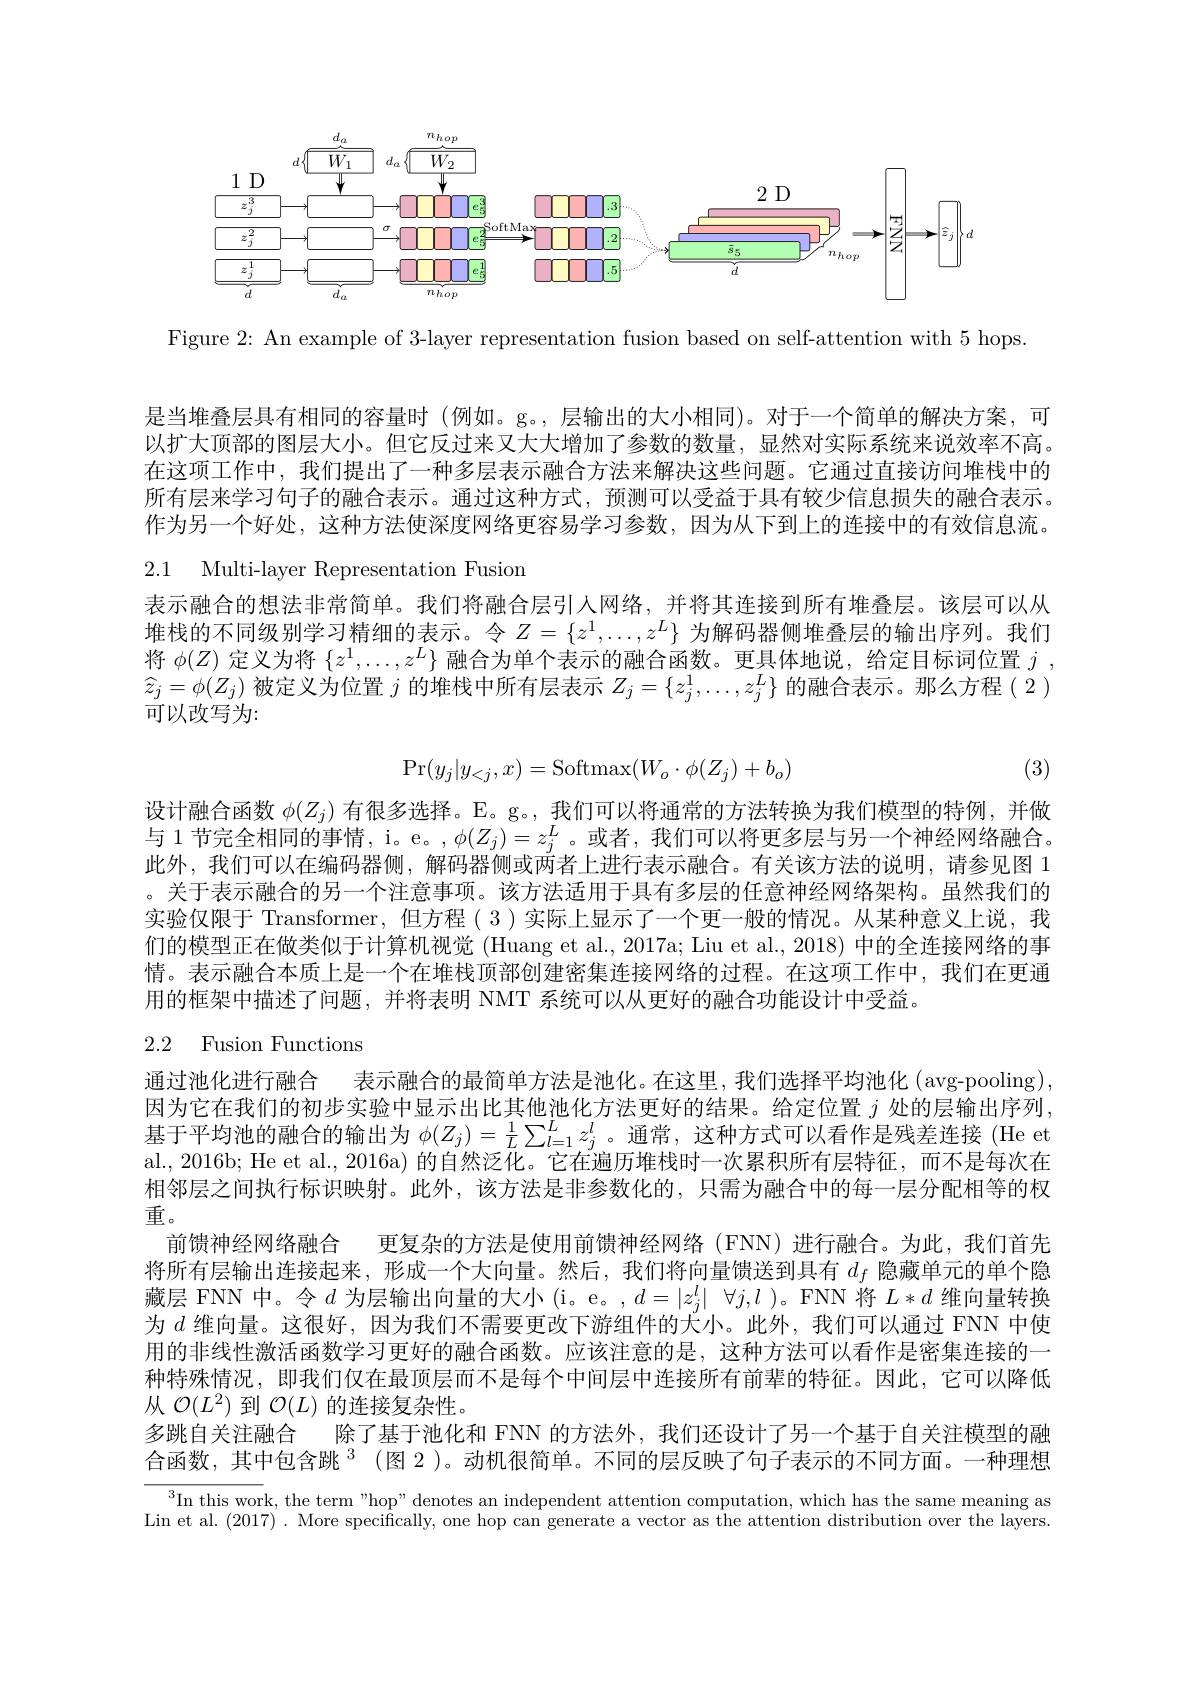
<FigureHere>

Figure 2: An example of 3-layer representation fusion based on self-attention with 5 hops

是当堆叠层具有相同的容量时(例如。g。,层输出的大小相同)。对于一个简单的解决方案，可以扩大顶部的图层大小。但它反过来又大大增加了参数的数量，显然对实际系统来说效率不高。在这项工作中，我们提出了一种多层表示融合方法来解决这些问题。它通过直接访问堆栈中的所有层来学习句子的融合表示。通过这种方式，预测可以受益于具有较少信息损失的融合表示。作为另一个好处，这种方法使深度网络更容易学习参数，因为从下到上的连接中的有效信息流。

2.1 Multi-layer Representation Fusion
表示融合的想法非常简单。我们将融合层引人网络，并将其连接到所有堆叠层。该层可以从堆栈的不同级别学习精细的表示。令$Z=\{z^1,\ldots,z^L\}$为解码器侧堆叠层的输出序列。我们将$\phi(Z)$定义为将$\{z^1,\ldots,z^L\}$融合为单个表示的融合函数。更具体地说，给定目标词位置$j$, $\widehat{z}_j=\phi(Z_j)$被定义为位置$j$的堆栈中所有层表示$Z_j=\{z_j^1,\ldots,z_j^L\}$的融合表示。那么方程(2) 可以改写为：
$$\begin{aligned}\Pr(y_j|y_{<j},x)=\operatorname{Softmax}(W_o\cdot\phi(Z_j)+b_o)\end{aligned}$$
(3)

设计融合函数$\phi(Z_j)$有很多选择。E。g。, 我们可以将通常的方法转换为我们模型的特例，并做与 1 节完全相同的事情，i。e。$,\phi(Z_j)=z_j^L$。或者，我们可以将更多层与另一个神经网络融合。此外，我们可以在编码器侧，解码器侧或两者上进行表示融合。有关该方法的说明，请参见图 1 。关于表示融合的另一个注意事项。该方法适用于具有多层的任意神经网络架构。虽然我们的实验仅限于 Transformer, 但方程( 3 )实际上显示了一个更一般的情况。从某种意义上说，我们的模型正在做类似于计算机视觉 (Huang et al., 2017a; Liu et al., 2018) 中的全连接网络的事情。表示融合本质上是一个在堆栈顶部创建密集连接网络的过程。在这项工作中，我们在更通用的框架中描述了问题，并将表明 NMT 系统可以从更好的融合功能设计中受益。

## 2.2 Fusion Functions

通过池化进行融合 表示融合的最简单方法是池化。在这里，我们选择平均池化 (avg-pooling), 因为它在我们的初步实验中显示出比其他池化方法更好的结果。给定位置$j$处的层输出序列， 基于平均池的融合的输出为$\phi(Z_j)=\frac1L\sum_{l=1}^Lz_j^l$ 。通常，这种方式可以看作是残差连接 (He et al., 2016b; He et al., 2016a) 的自然泛化。它在遍历堆栈时一次累积所有层特征，而不是每次在相邻层之间执行标识映射。此外，该方法是非参数化的，只需为融合中的每一层分配相等的权重。
前馈神经网络融合 更复杂的方法是使用前馈神经网络 (FNN)进行融合。为此，我们首先将所有层输出连接起来，形成一个大向量。然后，我们将向量馈送到具有$d_f$隐藏单元的单个隐藏层 FNN 中。令$d$为层输出向量的大小 (i。e。, $d= | z_j^l|$ $\forall j, l$ )。FNN 将$L*d$维向量转换为$d$维向量。这很好，因为我们不需要更改下游组件的大小。此外，我们可以通过 FNN 中使用的非线性激活函数学习更好的融合函数。应该注意的是，这种方法可以看作是密集连接的一种特殊情况，即我们仅在最顶层而不是每个中间层中连接所有前辈的特征。因此，它可以降低从$\mathcal{O}(L^2)$到$\mathcal{O}(L)$的连接复杂性。
多跳自关注融合 除了基于池化和 FNN 的方法外，我们还设计了另一个基于自关注模型的融合函数，其中包含跳$^{3}$(图 2)。动机很简单。不同的层反映了句子表示的不同方面。一种理想

$^3$In this work, the term "hop" denotes an independent attention computation, which has the same meaning as Lin et al. (2017) . More specifically, one hop can generate a vector as the attention distribution over the layers.